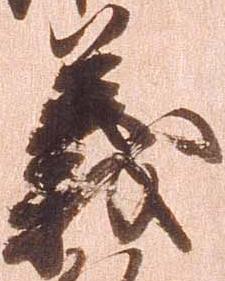
義